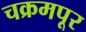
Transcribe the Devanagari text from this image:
चक्रमपूर